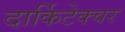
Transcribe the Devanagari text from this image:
दार्किटेक्चर